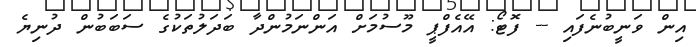
އިން ވަނީބުނެފައި -- ފޮޓޯ: އޭއެފްޕީ މޫސުމަށް އަންނަމުންދާ ބަދަލުތަކުގެ ސަބަބުން ދުނިޔެ